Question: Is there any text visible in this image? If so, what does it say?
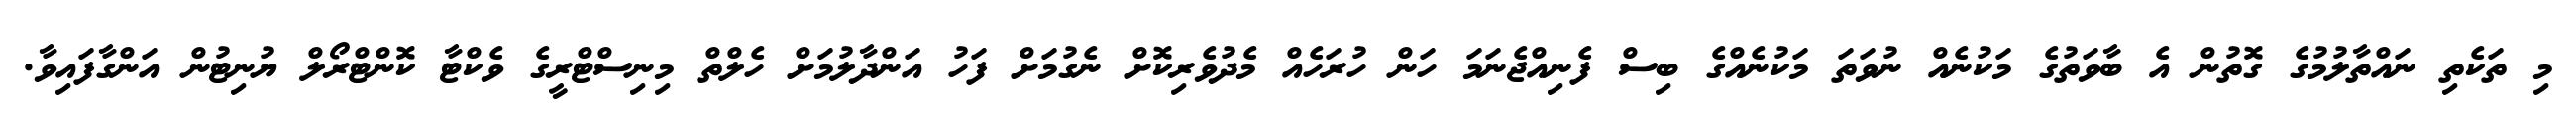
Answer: މި ތަކެތި ނައްތާލުމުގެ ގޮތުން އެ ބާވަތުގެ މަކުނެއް ނުވަތަ މަކުނެއްގެ ބިސް ފެނިއްޖެނަމަ ހަން ހުރަހެއް މެދުވެރިކޮށް ނެގުމަށް ފަހު އަންދާލުމަށް ހެލްތް މިނިސްޓްރީގެ ވެކްޓާ ކޮންޓްރޯލް ޔުނިޓުން އަންގާފައިވާ.